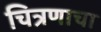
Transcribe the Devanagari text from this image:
चित्रणाचा